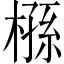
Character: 槂